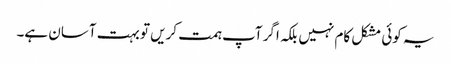
یہ کوئی مشکل کام نہیں بلکہ اگر آپ ہمت کریں تو بہت آسان ہے۔